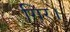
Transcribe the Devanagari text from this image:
गिर।